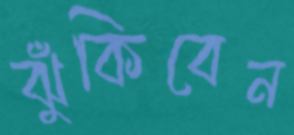
ঝুঁকিবেন